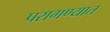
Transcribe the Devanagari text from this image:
परागण्यात